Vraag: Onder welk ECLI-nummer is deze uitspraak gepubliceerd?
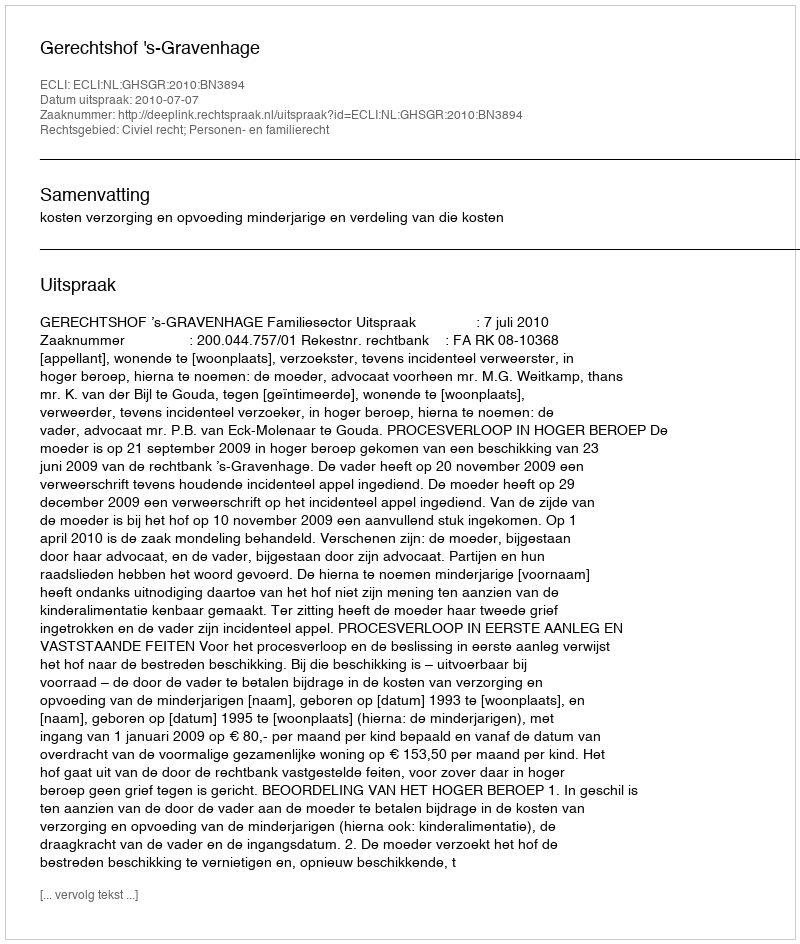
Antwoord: ECLI:NL:GHSGR:2010:BN3894